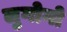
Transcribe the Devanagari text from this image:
लुगोगो